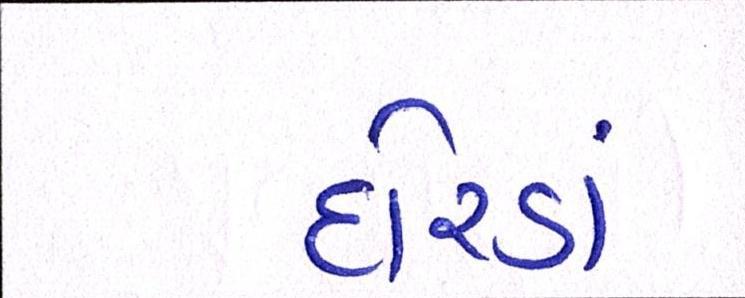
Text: દોરડાં